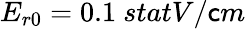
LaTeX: E_{r0}=0.1~{statV/\mathsf{c}m}